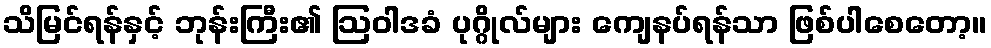
သိမြင်ရန်နှင့် ဘုန်းကြီး၏ ဩဝါဒခံ ပုဂ္ဂိုလ်များ ကျေနပ်ရန်သာ ဖြစ်ပါစေတော့။